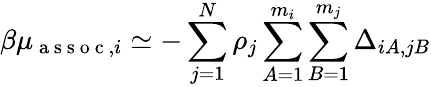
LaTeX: {\beta\mu_{\mathrm{~a~s~s~o~c~},i}\simeq-\sum_{j=1}^{N}\rho_{j}\sum_{A=1}^{m_{i}}\sum_{B=1}^{m_{j}}\Delta_{iA,jB}}